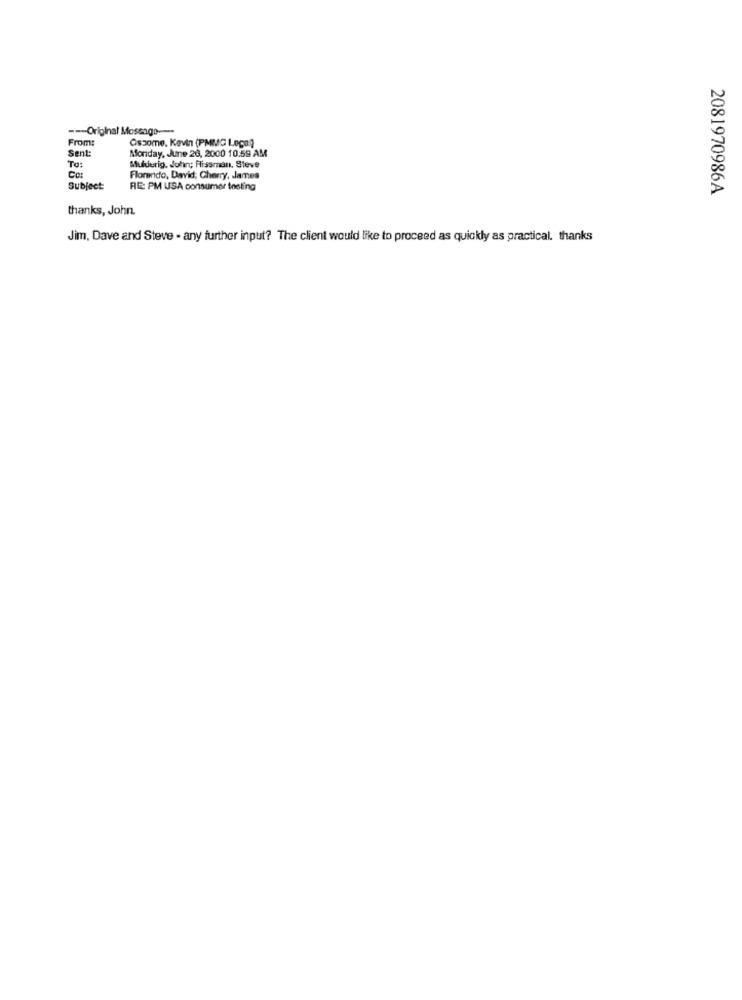
--- Original Mossago-
From:
Sent:
Oszome. Kevin (PMMG Local
To:
Monday, June 26, 2000 10.59 AM
Mulderig, John; Fissman, Steve
Cor
Florendo, David; Cherry, James
Subject:
RE: PM USA consumer testing
2081970986A
thanks, John.
Jim, Dave and Steve - any further input? The client would like to proceed as quickly as practical. thanks